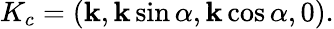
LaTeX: K_{c}=(\mathbf{k},\mathbf{k}\sin\alpha,\mathbf{k}\cos\alpha,0).